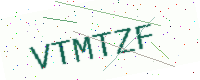
Text: VTMTZF